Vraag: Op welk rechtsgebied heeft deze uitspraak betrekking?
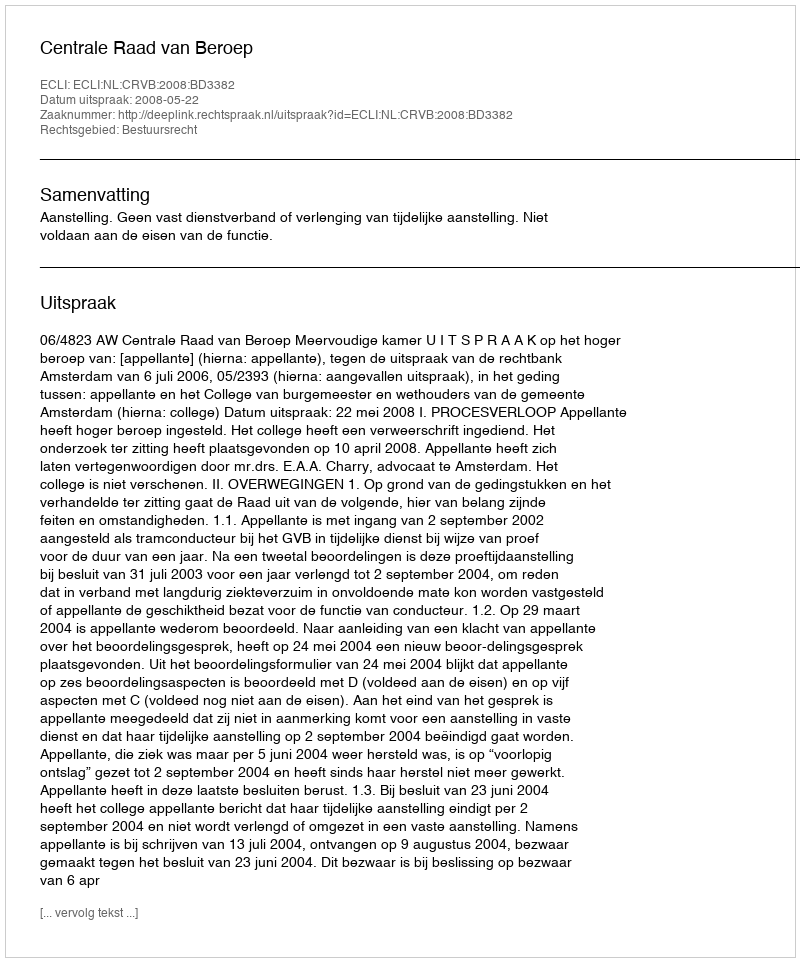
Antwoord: Bestuursrecht